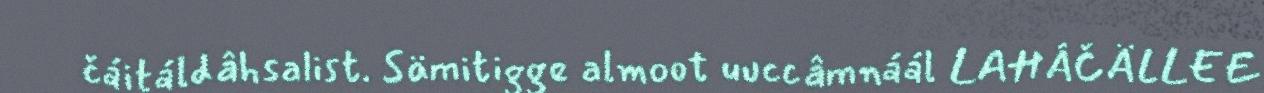
čáitáldâhsalist. Sämitigge almoot uuccâmnáál LAHÂČÄLLEE